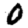
Digit: 0